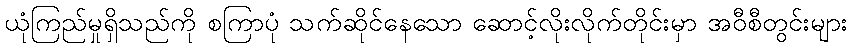
ယုံကြည်မှုရှိသည်ကို စကြာပုံ သက်ဆိုင်နေသော ဆောင့်လိုးလိုက်တိုင်းမှာ အဝီစီတွင်းများ